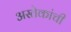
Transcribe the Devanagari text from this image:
अस्तेकांची